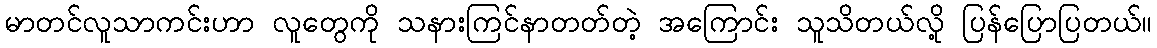
မာတင်လူသာကင်းဟာ လူတွေကို သနားကြင်နာတတ်တဲ့ အကြောင်း သူသိတယ်လို့ ပြန်ပြောပြတယ်။